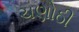
ચણોઠી